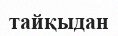
тайқыдан